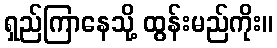
ရှည်ကြာနေသို့ ထွန်းမည်ကိုး။